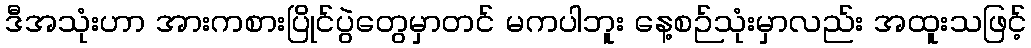
ဒီအသုံးဟာ အားကစားပြိုင်ပွဲတွေမှာတင် မကပါဘူး နေ့စဉ်သုံးမှာလည်း အထူးသဖြင့်